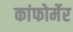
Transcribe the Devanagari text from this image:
कांफोर्मेर